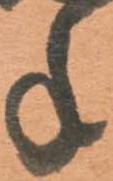
年